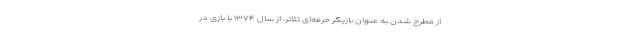
از مطرح شدن به عنوان بازیگر حرفه‌ای تئاتر، از سال ۱۳۷۴ با بازی در